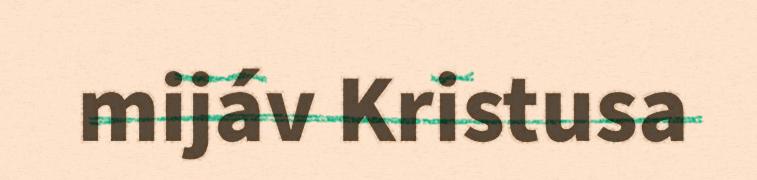
mijáv Kristusa